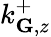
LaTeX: k_{\mathbf{G},z}^{+}